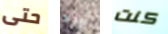
حتى أريد كنت